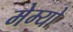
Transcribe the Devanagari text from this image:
मेम्यो